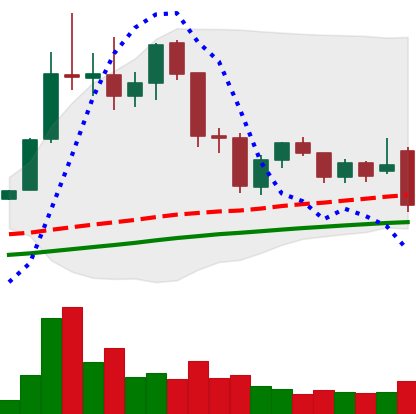
Ticker: LTC-USD
Chart end date: 2021-11-26
Forward return: 7.234%
Label: up_7plus